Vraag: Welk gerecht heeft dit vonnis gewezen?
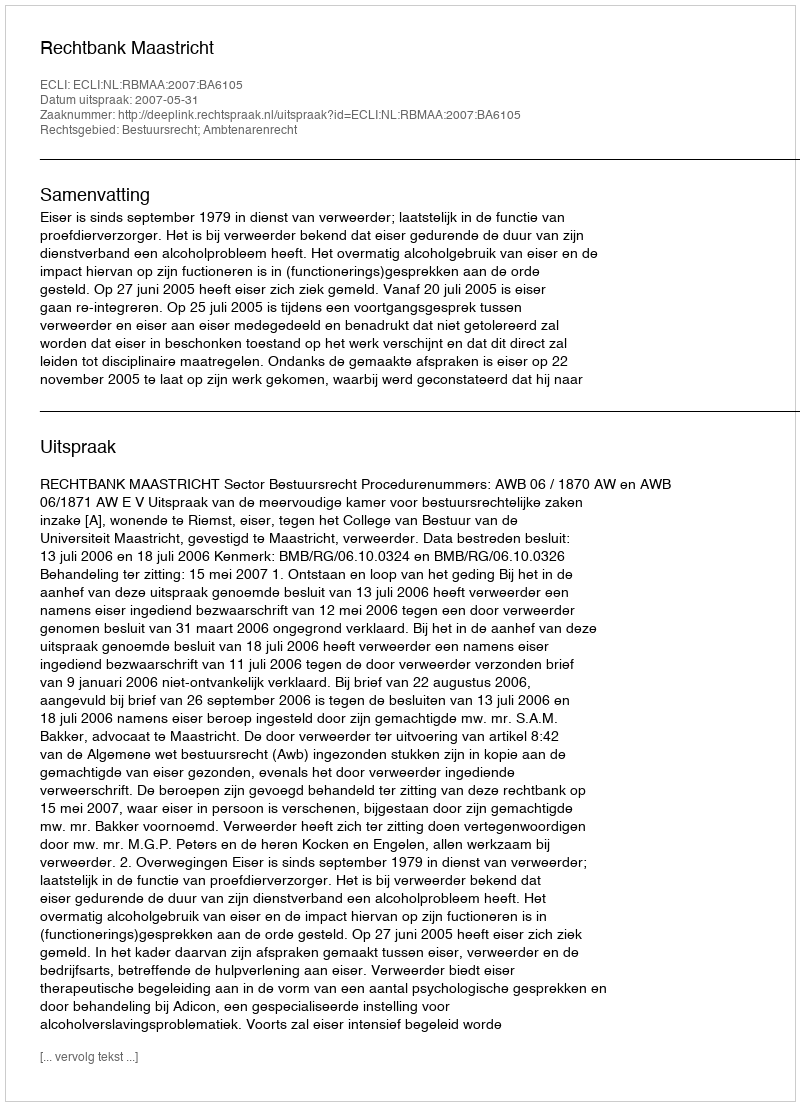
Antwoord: Rechtbank Maastricht